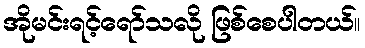
အိုမင်းရင့်ရော်သလို ဖြစ်စေပါတယ်။